system: You are a helpful assistant.
user:
Analyze the provided spectrum to determine if it is a **White Dwarf (WD)**.

A White Dwarf spectrum is defined by its **extreme purity** (due to gravitational settling) and/or **extreme pressure broadening** (due to high surface gravity). You must check for one of the following mutually exclusive signatures:

- **Key Visual Indicators (Check for ONE of these types):**

    - **1. DA-Type Signature (Most Common):**
        - **(Primary Feature):** Extreme pressure broadening (Stark broadening) of the **Hydrogen (H) Balmer lines**.
        - **(Key Lines):** $H\beta$ (approx. $4861$ Å) and $H\gamma$ (approx. $4340$ Å). $H\alpha$ (approx. $6563$ Å) will also be present if the wavelength range covers it.
        - **(Line Profile):** This is the **defining feature**. The lines are **NOT** sharp. They appear as massive, **extremely broad and deep "troughs" or "dips"** in the spectrum, often hundreds of Ångströms wide. The continuum will appear to "scoop" down at these wavelengths.
        - **(Distinction):** Normal A-type or B-type stars have *narrow* and *sharp* Hydrogen lines. A DA White Dwarf's lines are unmistakably "smeared" or "blurry" from pressure.

    - **2. DB-Type Signature:**
        - **(Primary Feature):** Broad absorption lines from **Neutral Helium (He I)**. The spectrum must lack any visible Hydrogen lines.
        - **(Key Lines):** Look for broad absorption near $4471$ Å, $4921$ Å, and $5876$ Å.
        - **(Line Profile):** These lines are also significantly pressure-broadened, appearing much wider than they would in a normal B-type main-sequence star.

    - **3. DC-Type Signature:**
        - **(Primary Feature):** A **featureless continuous spectrum**.
        - **(Line Profile):** The spectrum is a smooth curve with **no significant absorption or emission lines**.
        - **(Key Confirmation):** The continuum is almost always **blue or white**, indicating a hot object. This signature implies the atmosphere is so pure (or so cool) that no spectral lines are visible in the optical range. Its WD identity is confirmed by its extremely low intrinsic brightness (high absolute magnitude).

    - **4. DZ-Type Signature (Metal-Polluted):**
        - **(Primary Feature):** **Isolated, narrow metal absorption lines** on an otherwise featureless (DC-like) continuum.
        - **(Key Lines):** The **Calcium (Ca II) H & K doublet** (approx. **$3934$ Å** and **$3968$ Å**) is the most common and defining feature.
        - **(Line Profile):** These lines are "out of place." They are *not* part of a "forest" of thousands of lines. This signature is evidence of recent *accretion* (pollution) from rocky debris.
        - **(Distinction):** Normal G/K/M stars have a *dense forest* of thousands of metal lines. A DZ has a *clean* continuum with *only a few* strong metal lines.

    - **5. DQ-Type Signature (Carbon-Polluted):**
        - **(Primary Feature):** Absorption bands from **Carbon (C₂ "Swan Bands" or atomic C I)**.
        - **(Key Lines - C₂):** Look for bandheads with a "saw-tooth" shape near $5635$ Å, **$5165$ Å** (strongest), and $4737$ Å.
        - **(Key Confirmation):** The underlying **continuum must be blue or white** (hot).
        - **(Distinction):** This is the critical difference from a **Carbon Star**, which has the *exact same* C₂ bands but on an extremely **red, cool** continuum.

- **(Overall Spectrum):**
    - The continuum (overall shape) is typically **blue-sloping** (brighter in the blue than the red), as most white dwarfs are very hot.
    - The spectrum will look "pure" or "simple," dominated by only *one* of the five signatures listed above.

Think first, call **spectral_visualization_tool** if needed to examine features in detail, then provide your final answer. Your response must adhere to the following strict rules:
1.  **Overall Structure:** Your response must follow the format `<think>...</think> <tool_call>...</tool_call> (if a tool is used) <answer>...</answer>`.
2.  **Tool Usage Constraint:** You may only make **one** tool call per turn.
3.  **Final Answer Format:** In the `<answer>` tag, your conclusion must be inside a `\boxed{}` command (e.g., `\boxed{YES}` or `\boxed{NO}`), followed by your justification.

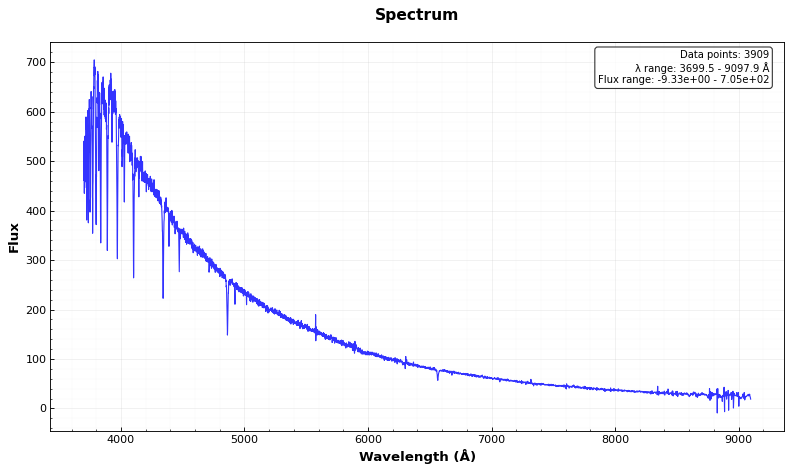
Answer: NO